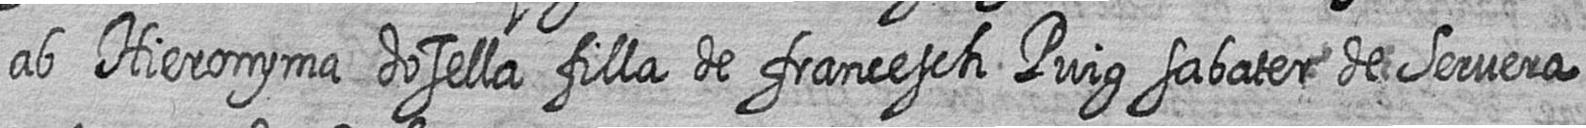
ab Hieronyma dosella filla de francesch Puig sabater de Servera